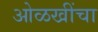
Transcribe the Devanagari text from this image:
ओळखींचा